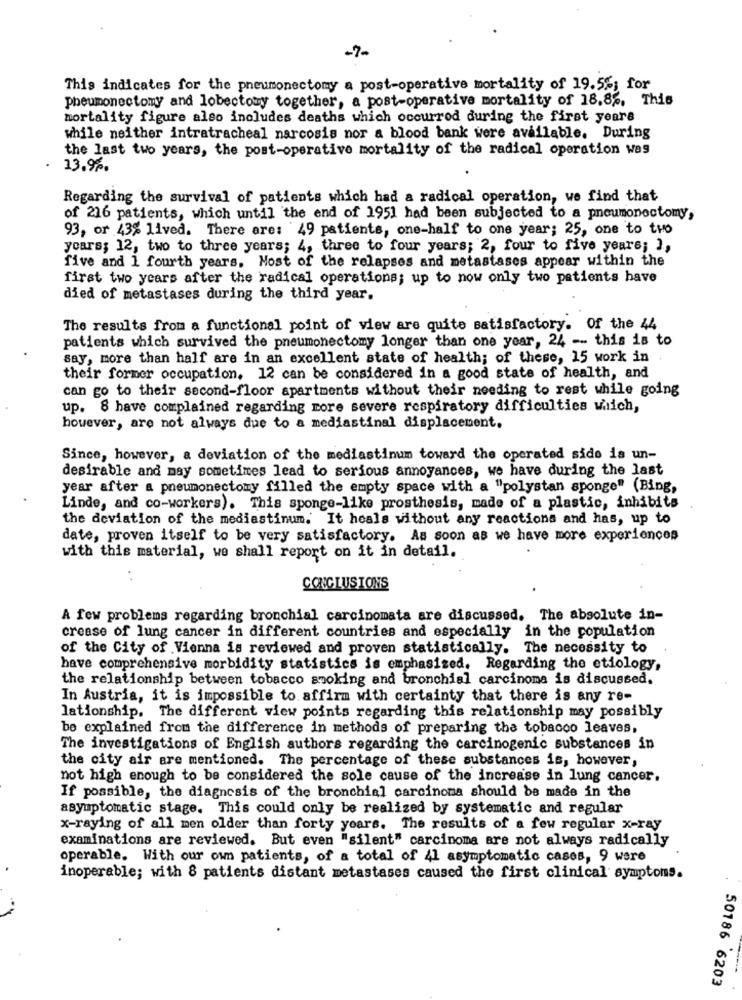
-7-
This indicates for the pneumonectomy a post-operative mortality of 19.5%; for
pneumonectomy and lobectomy together, a post-operative mortality of 18,8%, This
mortality figure also includes deaths which occurred during the first years
while neither intratracheal narcosis nor a blood bank were available. During
the last two years, the post-operative mortality of the radical operation was
13.99.
Regarding the survival of patients which had a radical operation, we find that
of 216 patients, which until the end of 1951 had been subjected to a pneumonoctomy,
93, or 43% lived. There are: 49 patients, one-half to one year; 25, one to two
ycars; 12, two to three years; 4, three to four years; 2, four to five years; ],
five and 1 fourth years. Most of the relapses and metastases appear within the
first two years after the radical operations; up to now only two patients have
died of metastases during the third year.
The results from a functional point of view are quite satisfactory. Of the 44
patients which survived the pneumonectomy longer than one year, 24 -- this is to
say, more than half are in an excellent state of health; of these, 15 work in
their former occupation. 12 can be considered in a good state of health, and
can go to their second-floor apartments without their needing to rest while going
up. 8 have complained regarding more severe respiratory difficulties which,
however, are not always due to a mediastinal displacement.
Since, however, a deviation of the mediastinum toward the operated sido is un-
desirable and may sometimes lead to serious annoyances, we have during the last
year after a pneumonectomy filled the empty space with a "polystan sponge" (Bing,
Linde, and co-workers). This sponge-like prosthesis, made of a plastic, inhibits
the deviation of the mediastinum. It heals without any reactions and has, up to
date, proven itself to be very satisfactory. As soon as we have more experiences
with this material, we shall report on it in detail.
. .
CONCLUSIONS
A few problems regarding bronchial carcinomata are discussed. The absolute in-
crease of lung cancer in different countries and especially in the population
of the City of Vienna is reviewed and proven statistically. The necessity to
have comprehensive morbidity statistics is emphasized. Regarding the etiology,
the relationship between tobacco smoking and bronchial carcinoma is discussed.
In Austria, it is impossible to affirm with certainty that there is any re-
lationship. The different view points regarding this relationship may possibly
be explained from the difference in methods of preparing the tobacco leaves,
The investigations of English authors regarding the carcinogenic substances in
the city air are mentioned. The percentage of these substances is, however,
not high enough to be considered the sole cause of the increase in lung cancer.
If possible, the diagnosis of the bronchial carcinoma should be made in the
asymptomatic stage. This could only be realized by systematic and regular
x-raying of all men older than forty years. The results of a few regular x-ray
examinations are reviewed. But even "silent" carcinoma are not always radically
operable. With our own patients, of a total of 41 asymptomatic cases, 9 were
inoperable; with 8 patients distant metastases caused the first clinical symptoms.
50186 6203